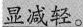
显减轻。